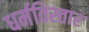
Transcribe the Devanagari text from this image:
धर्मविस्तार